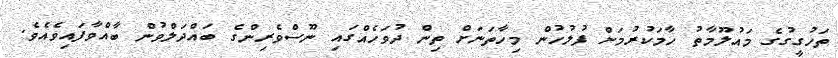
ތަހުގީގުގެ މައުލޫމާތު ހާމަކުރުމަށް ފުލުހުން މިހާތަނަށް ތިން ދުވަހެއްގައި ނޫސްވެރިންގެ ބައްދަލްވުން ބާއްވާފައިވެއެވެ.